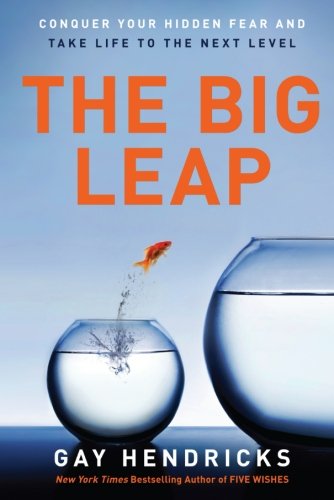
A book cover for The Big Leap: Conquer Your Hidden Fear and Take Life to the Next Level; Gay, PhD Hendricks; Self-Help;